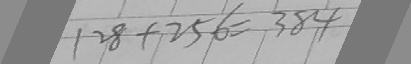
1 2 8 + 2 5 6 = 3 8 4